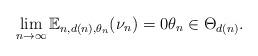
LaTeX: \begin{align*}\lim_{n \to \infty} \mathbb{E}_{n, d(n), \theta_n}(\nu_n) = 0 \theta_n \in \Theta_{d(n)}.\end{align*}